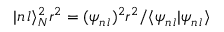
| n \, l \rangle _ { N } ^ { 2 } r ^ { 2 } = ( \psi _ { n \, l } ) ^ { 2 } r ^ { 2 } / \langle \psi _ { n \, l } | \psi _ { n \, l } \rangle